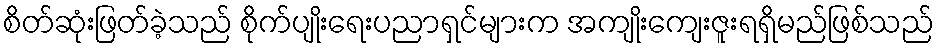
စိတ်ဆုံးဖြတ်ခဲ့သည် စိုက်ပျိုးရေးပညာရှင်များက အကျိုးကျေးဇူးရရှိမည်ဖြစ်သည်